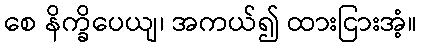
စေ နိက္ခိပေယျ၊ အကယ်၍ ထားငြားအံ့။